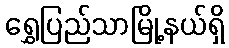
ရွှေပြည်သာမြို့နယ်ရှိ